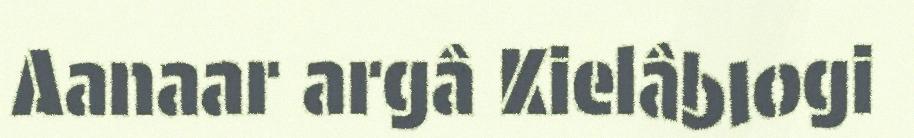
Aanaar argâ Kielâblogi